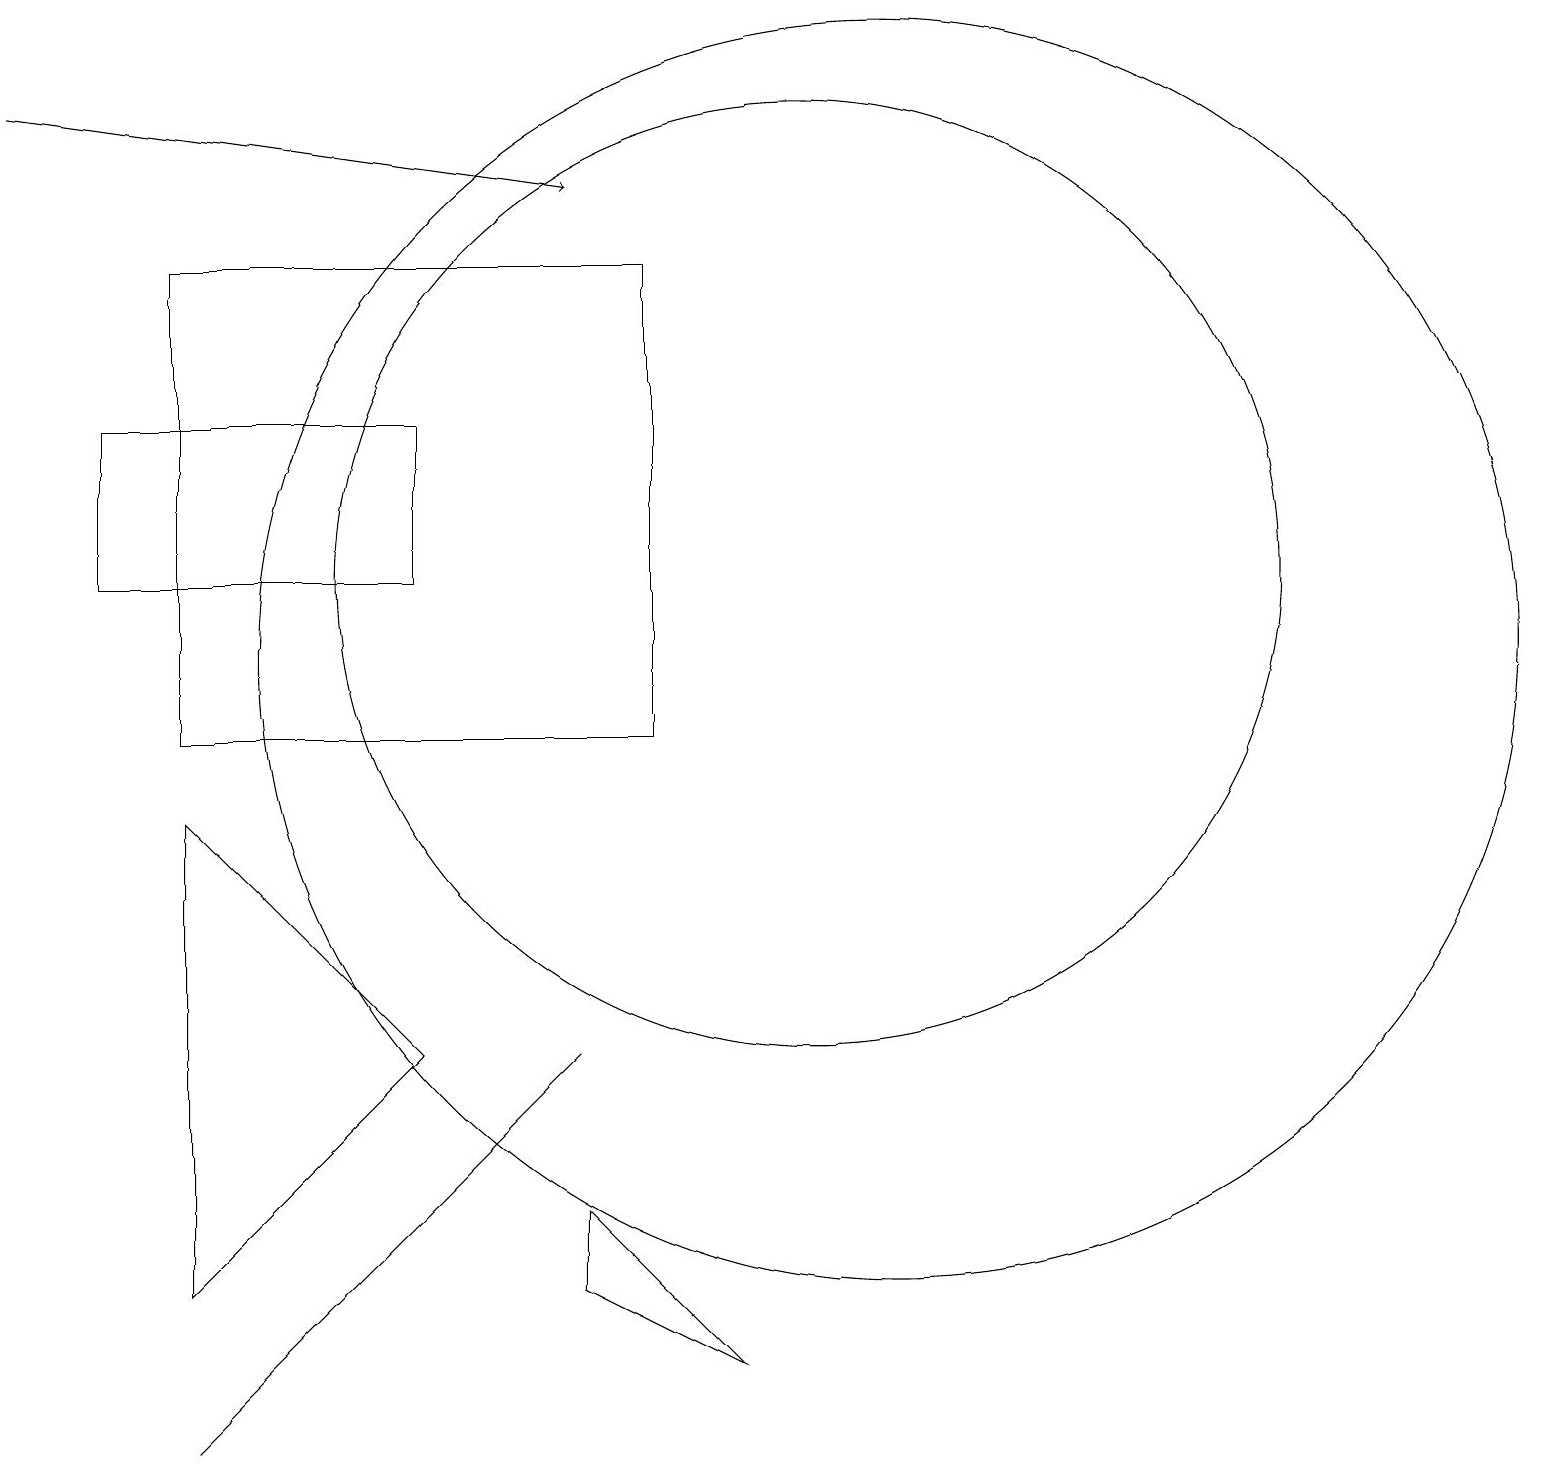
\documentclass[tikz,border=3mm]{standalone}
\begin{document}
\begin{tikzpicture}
\draw (10,12) circle (6);
\draw (8,16) rectangle (2,10);
\draw (11,11) circle (8);
\draw (5,4) -- (7,6) -- (2,1) -- cycle;
\draw (1,14) rectangle (5,12);
\draw (2,3) -- (5,6) -- (2,9) -- cycle;
\draw (7,4) -- (7,3) -- (9,2) -- cycle;
\draw[->] (0,18) -- (7,17);
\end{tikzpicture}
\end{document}